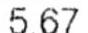
5.67